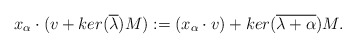
\begin{align*} x_{\alpha} \cdot (v + ker(\overline{\lambda})M):= (x_{\alpha} \cdot v) + ker(\overline{\lambda + \alpha})M.\end{align*}